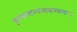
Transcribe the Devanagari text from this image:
कृष्णाष्टम्यन्तसम्भवः।